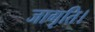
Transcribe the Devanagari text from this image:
जागृति।